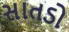
સાતડો